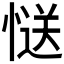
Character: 𭞅